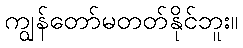
ကျွန်တော်မတတ်နိုင်ဘူး။